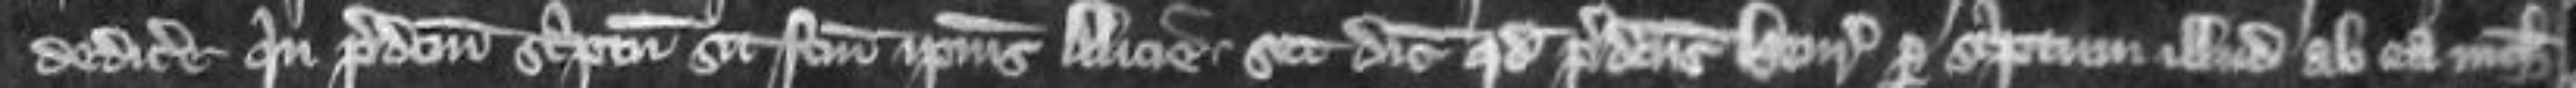
dedicere quin predictum scriptum sit factum ipsius Alicie set dicit quod predictus Henricus per scriptum illud ab ea nichil